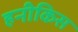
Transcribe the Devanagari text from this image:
हनीकिस